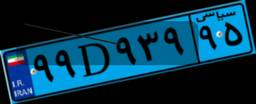
۹۹D۹۳۹۹۵